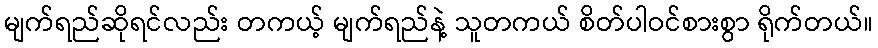
မျက်ရည်ဆိုရင်လည်း တကယ့် မျက်ရည်နဲ့ သူတကယ် စိတ်ပါဝင်စားစွာ ရိုက်တယ်။